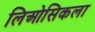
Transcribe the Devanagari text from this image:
लिओसिकला